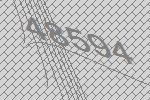
48594